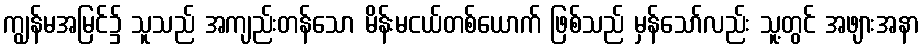
ကျွန်မအမြင်၌ သူသည် အကျည်းတန်သော မိန်းမငယ်တစ်ယောက် ဖြစ်သည် မှန်သော်လည်း သူ့တွင် အဖျားအနာ